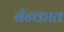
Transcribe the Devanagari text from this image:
बॅन्कात